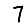
Digit: 7